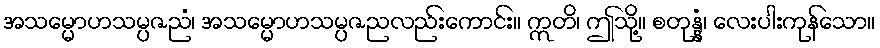
အသမ္မောဟသမ္ပဇညံ၊ အသမ္မောဟသမ္ပဇညလည်းကောင်း။ ဣတိ၊ ဤသို့။ စတုန္နံ၊ လေးပါးကုန်သော။